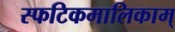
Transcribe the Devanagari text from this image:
स्फटिकमालिकाम्